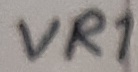
Text: VR1